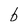
Character: b